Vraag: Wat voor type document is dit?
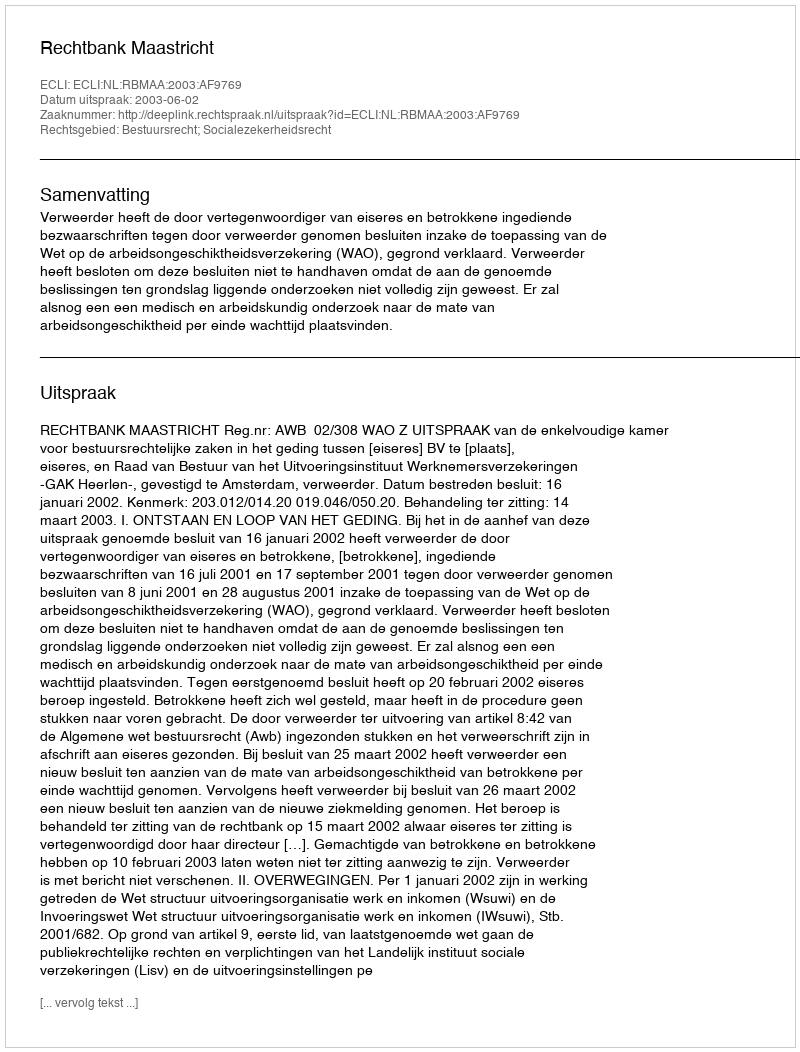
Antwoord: Uitspraak